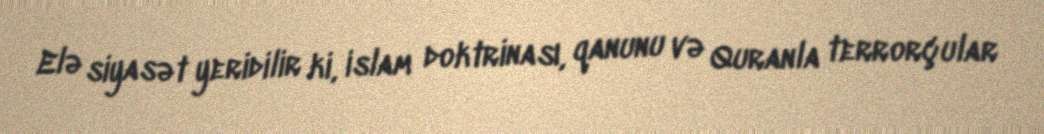
Elə siyasət yeridilir ki, islam doktrinası, qanunu və Quranla terrorçular